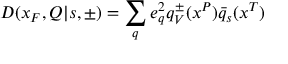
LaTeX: D ( x _ { F } , Q | s , \pm ) = \sum _ { q } e _ { q } ^ { 2 } q _ { V } ^ { \pm } ( x ^ { P } ) \bar { q } _ { s } ( x ^ { T } )